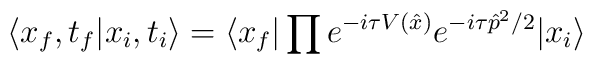
\langle x_{f},t_{f} | x_{i},t_{i} \rangle =   \langle x_{f} | \prod e^{-i\tau V(\hat{x})}                         e^{-i\tau \hat{p}^{2}/2}                 | x_{i} \rangle